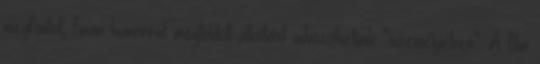
megfontolt, finom humorral megtoldott alkotást üdvözölhetünk "személyében". A film